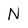
Character: N